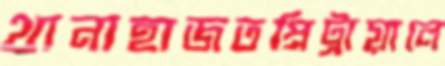
থানাহাজতপ্রিট্রায়ালে